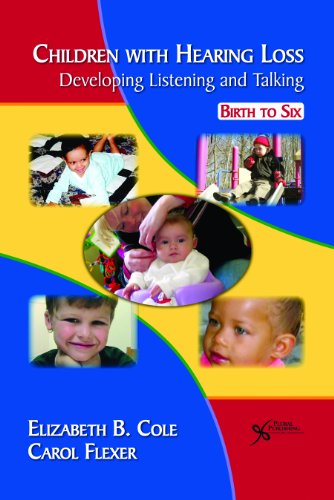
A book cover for Children with Hearing Loss: Developing Listening and Talking Birth to Six; Elizabeth B. Cole and Carol A. Flexer; Health, Fitness & Dieting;